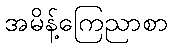
အမိန့်ကြေညာစာ